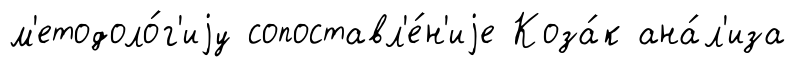
м'етодоло́г'иjу сопоставл'е́н'иjе Коза́к ана́л'иза